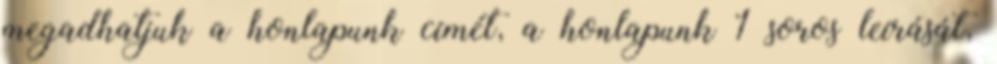
megadhatjuk a honlapunk címét, a honlapunk 1 soros leírását,